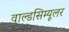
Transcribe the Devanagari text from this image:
वाल्डसिम्यूलर